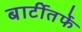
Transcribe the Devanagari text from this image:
बार्टीतर्फे